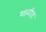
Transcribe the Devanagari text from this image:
गाळीय